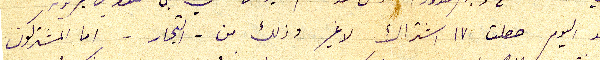
لحد اليوم حصلت ١٧ اشتراك لا غير وذلك من - التجار - اما المشتركون